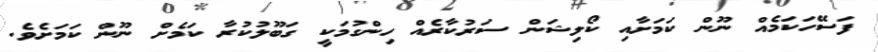
ފަސޭހަކަމެއް ނޫން ކަމަށާއި ކޯލިޝަން ސަރުކާރެއް ހިންގުމަކީ ގަބޫލުކުރާ ކަމެށް ނޫން ކަމަށެވެ.